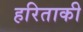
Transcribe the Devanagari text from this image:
हरिताकी